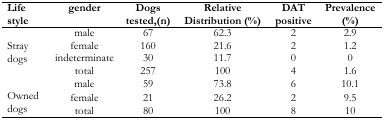
| Life style | gender | Dogs tested,(n) | Relative Distribution (%) | DAT positive | Prevalence (%) |
 | --- | --- | --- | --- | --- | --- |
 |  | male | 67 | 62.3 | 2 | 2.9 |
 | Stray | female | 160 | 21.6 | 2 | 1.2 |
 | dogs | indeterminate | 30 | 11.7 | 0 | 0 |
 |  | total | 257 | 100 | 4 | 1.6 |
 |  | male | 59 | 73.8 | 6 | 10.1 |
 | Owned | female | 21 | 26.2 | 2 | 9.5 |
 | dogs | total | 80 | 100 | 8 | 10 |